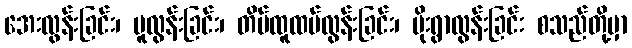
အေးလွန်းခြင်း၊ ပူလွန်းခြင်း၊ တိမ်ထူထပ်လွန်းခြင်း၊ မိုးရွာလွန်းခြင်း စသည်တို့မှာ